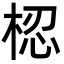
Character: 梕